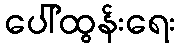
ပေါ်ထွန်းရေး